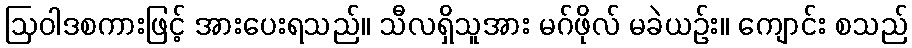
ဩဝါဒစကားဖြင့် အားပေးရသည်။ သီလရှိသူအား မဂ်ဖိုလ် မခဲယဉ်း။ ကျောင်း စသည်